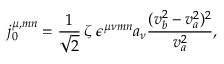
j _ { 0 } ^ { \mu , m n } = \frac { 1 } { \sqrt { 2 } } \, \zeta \; \epsilon ^ { \mu \nu m n } a _ { \nu } \frac { ( v _ { b } ^ { 2 } - v _ { a } ^ { 2 } ) ^ { 2 } } { v _ { a } ^ { 2 } } ,